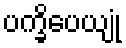
ပက္ခိပေယျုံ